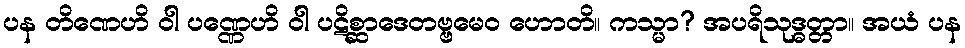
ပန တိဏေဟိ ဝါ ပဏ္ဏေဟိ ဝါ ပဋိစ္ဆာဒေတဗ္ဗမေဝ ဟောတိ။ ကသ္မာ? အပရိသုဒ္ဓတ္တာ။ အယံ ပန